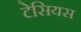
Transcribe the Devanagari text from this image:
टेसियस